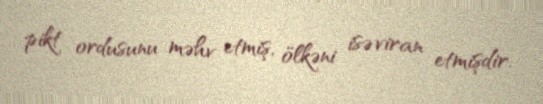
pikt ordusunu məhv etmiş, ölkəni isə viran etmişdir.